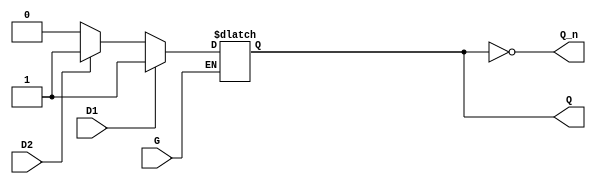
module dual_input_gated_latch (
    input wire D1,      // First data input
    input wire D2,      // Second data input
    input wire G,       // Enable signal
    output reg Q,       // Output
    output wire Q_n     // Complement of the output
);

    // Complement output
    assign Q_n = ~Q;

    // Latch behavior
    always @(*) begin
        if (G) begin
            // Enable state: sample inputs
            if (D1) begin
                Q = 1'b1; // Take D1 if it's HIGH
            end else if (D2) begin
                Q = 1'b1; // Take D2 if it's HIGH
            end else begin
                Q = 1'b0; // Both D1 and D2 are LOW
            end
        end
        // If G is LOW, retain the last state of Q
    end

endmodule